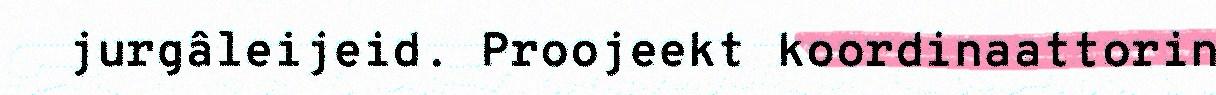
jurgâleijeid. Proojeekt koordinaattorin